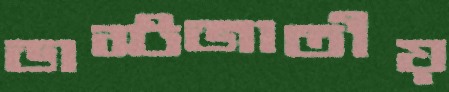
ডাস্টজাতীয়